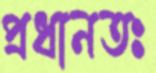
প্রধানতঃ